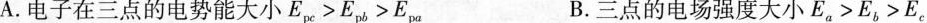
A.电子在三点的电势能大小E_{pc}>E_{pb}>E_{pa}B.三点的电场强度大小E_{a}>E_{b}>E_{c}